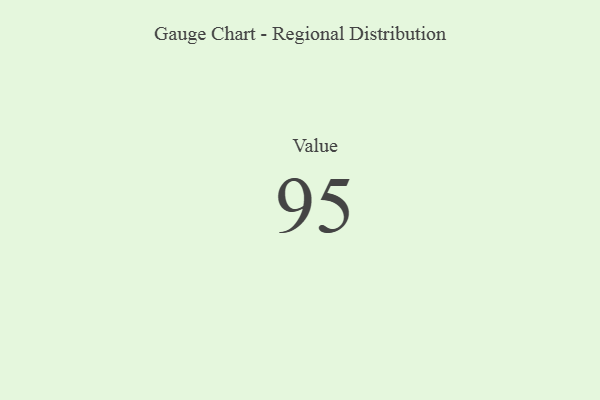
{"axis": {"x": "Metric", "y": "Value"}, "legend": [""], "data": [{"x": "Value", "y": 95, "type": ""}]}